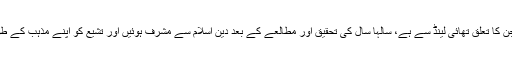
32 سالہ خاتون جن کا تعلق تھائی لینڈ سے ہے، سالہا سال کی تحقیق اور مطالعے کے بعد دین اسلام سے مشرف ہوئیں اور تشیع کو اپنے مذہب کے طور پر اختیار کیا۔